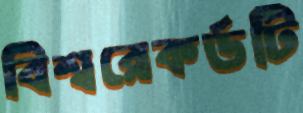
বিশ্বরেকর্ডটি